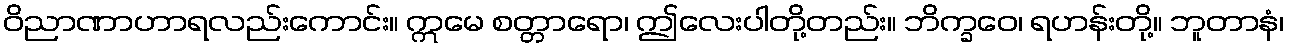
ဝိညာဏာဟာရလည်းကောင်း။ ဣမေ စတ္တာရော၊ ဤလေးပါတို့တည်း။ ဘိက္ခဝေ၊ ရဟန်းတို့။ ဘူတာနံ၊